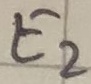
Text: E2